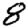
Digit: 8